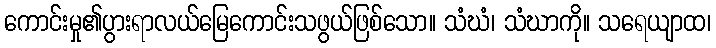
ကောင်းမှု၏ပွားရာလယ်မြေကောင်းသဖွယ်ဖြစ်သော။ သံဃံ၊ သံဃာကို။ သရေယျာထ၊